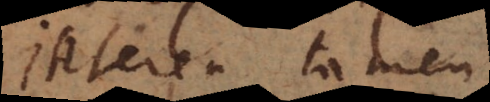
Interea tamen